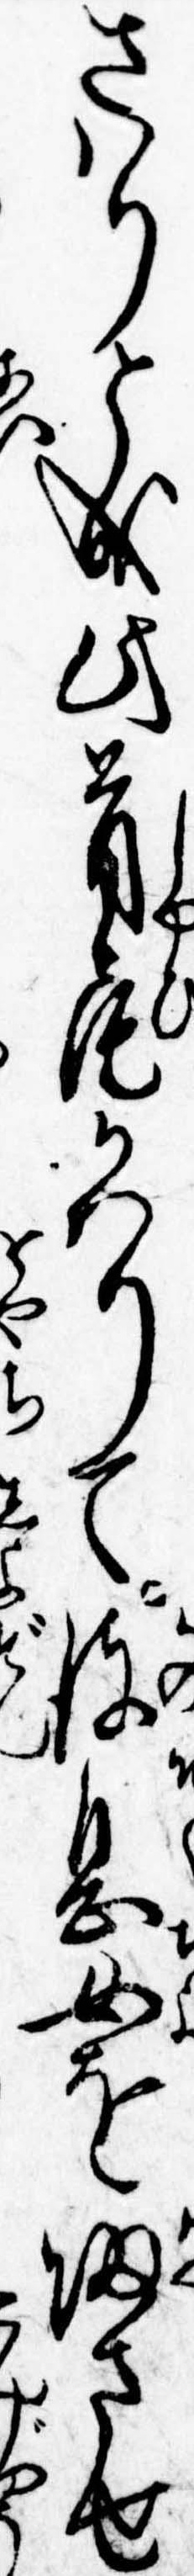
さはりと成此首尾かはりて彼息女を帰させ